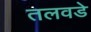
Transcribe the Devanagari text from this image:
तलवडे